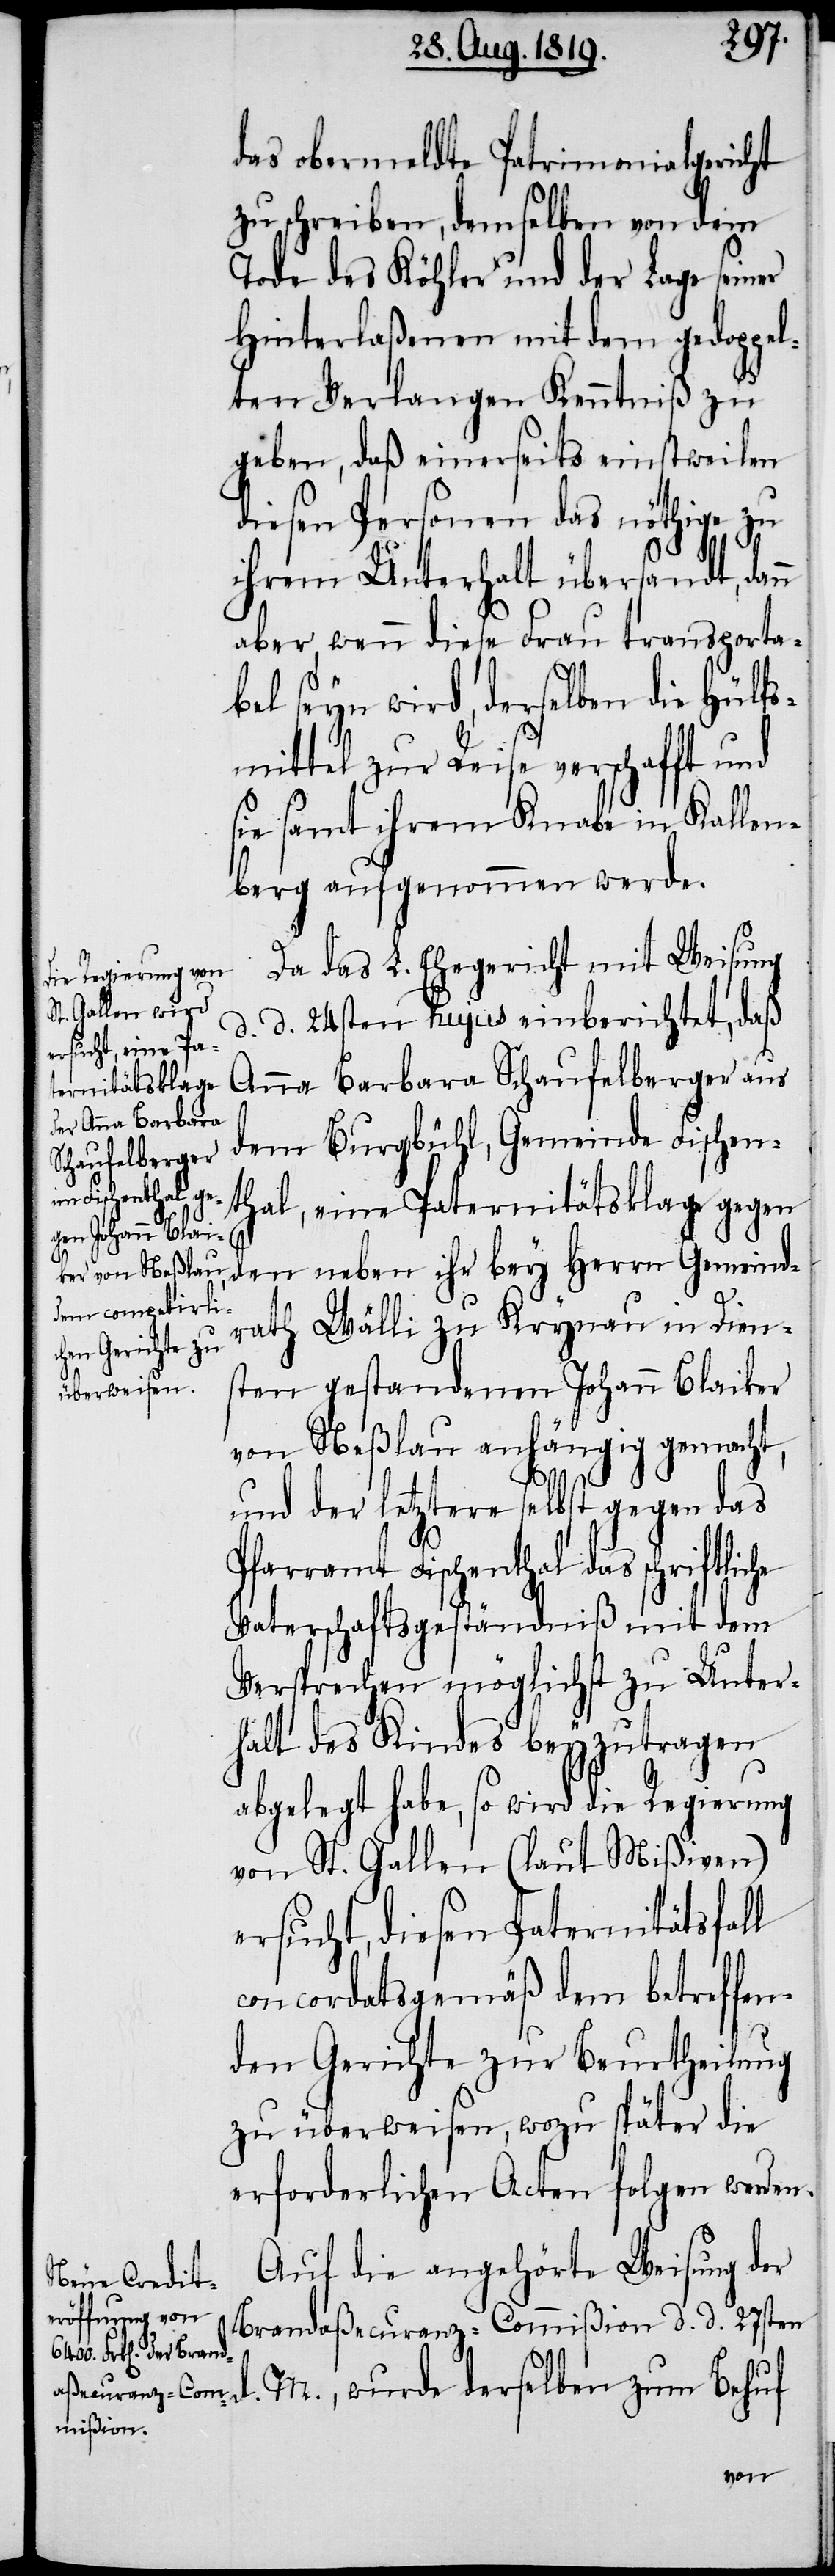
amt Fischenthal da¬
s schriftliche
Die L. Com¬
mißion

das obermeldte Patrimonialgericht
zu schreiben, demselben von dem
Tode des Köhler und der Lage seiner
Hinterlaßenen mit dem gedoppel¬
ten Verlangen Kenntniß zu
geben, daß einerseits einstweilen
diesen Personen das nöthige zu
Pfarr¬
d.
ihrem Unterhalt übersandt, dann
aber, wenn diese Frau transporta¬
bel seyn wird, derselben die Hülfs¬
mittel zur Reise verschafft und
sie samt ihrem Knabe in Kallen¬
berg aufgenommen werde.
Da das L. Ehegericht mit Weisung
d. d. 24sten hujus einberichtet, daß
Anna Barbara Schaufelberger aus
dem Burgbühl, Gemeinde Fischen¬
thal, eine Paternitätsklage gegen
den neben ihr bey Herrn Gemeind¬
rath Wälli zu Krynau in Dien¬
sten gestandenen Johann Blaiker
von Neßlau anhängig gemacht,
und der letztere selbst gegen das
Bericht, über die Schwierig¬
Vaterschaftsgeständniß mit dem
Versprechen möglichst zu Unter¬
halt des Kindes beyzutragen
abgelegt habe, so wird die Regierung
von St. Gallen (laut Mißiven)
ersucht, diesen Paternitätsfall
concordatsgemäß dem betreffen¬
den Gerichte zur Beurtheilung
zu überweisen, wozu später die
erforderlichen Acten folgen werden.
Auf die angehörte Weisung der
Brandaßecuranz-Commißion d. d. 27sten
M., wurde derselben zum Behuf